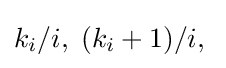
k_{i}/i,\;(k_{i}+1)/i,\;